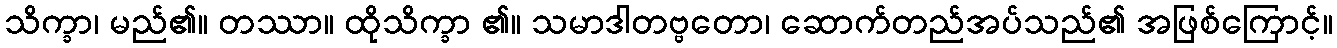
သိက္ခာ၊ မည်၏။ တဿာ။ ထိုသိက္ခာ ၏။ သမာဒါတဗ္ဗတော၊ ဆောက်တည်အပ်သည်၏ အဖြစ်ကြောင့်။